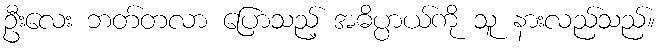
ဦးလေး ဘတ်တလာ ပြောသည့် အဓိပ္ပာယ်ကို သူ နားလည်သည်။